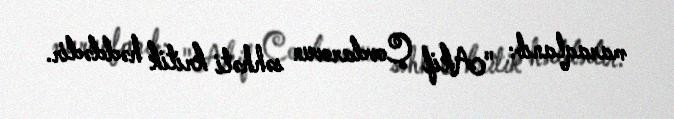
maraqlanıb: "Akif Çovdarovun səhhəti kritik həddədir.